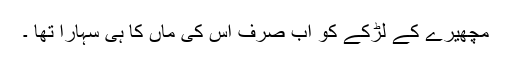
مچھیرے کے لڑکے کو اب صرف اس کی ماں کا ہی سہارا تھا ۔